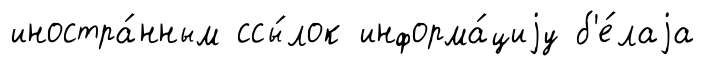
иностра́нным ссы́лок информа́циjу б'е́лаjа